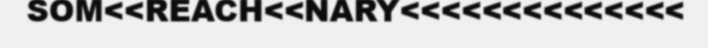
SOM<<REACH<<NARY<<<<<<<<<<<<<<